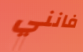
فانني